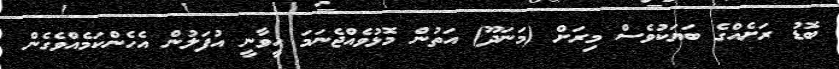
ބޮޑު ރަށެއްގެ ބަޔަކުވެސް މިރަށް (މަނަދޫ) އަތުން މޮޅުވެއްޖެނަމަ ހީވާނީ އުފަލުން އެހެންކަމެއްވެގެން